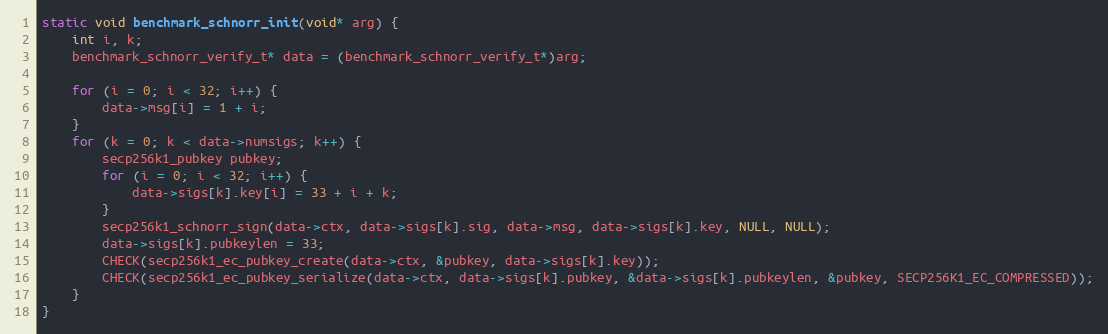
Language: C
static void benchmark_schnorr_init(void* arg) {
    int i, k;
    benchmark_schnorr_verify_t* data = (benchmark_schnorr_verify_t*)arg;

    for (i = 0; i < 32; i++) {
        data->msg[i] = 1 + i;
    }
    for (k = 0; k < data->numsigs; k++) {
        secp256k1_pubkey pubkey;
        for (i = 0; i < 32; i++) {
            data->sigs[k].key[i] = 33 + i + k;
        }
        secp256k1_schnorr_sign(data->ctx, data->sigs[k].sig, data->msg, data->sigs[k].key, NULL, NULL);
        data->sigs[k].pubkeylen = 33;
        CHECK(secp256k1_ec_pubkey_create(data->ctx, &pubkey, data->sigs[k].key));
        CHECK(secp256k1_ec_pubkey_serialize(data->ctx, data->sigs[k].pubkey, &data->sigs[k].pubkeylen, &pubkey, SECP256K1_EC_COMPRESSED));
    }
}